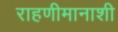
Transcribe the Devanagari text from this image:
राहणीमानाशी